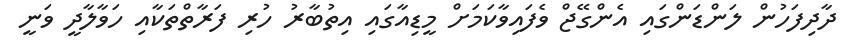
ދާދިފަހުން ލަންޑަންގައި އެންގޭޖް ވެފައިވާކަމަށް މީޑިއާގައި އިތުބާރު ހުރި ފަރާތްތަކާއި ހަވާލާދީ ވަނީ